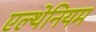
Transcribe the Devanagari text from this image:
एल्थेनियम